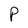
Character: P